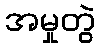
အမှုတွဲ